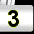
Digit: 3